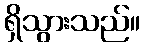
ရှိသွားသည်။